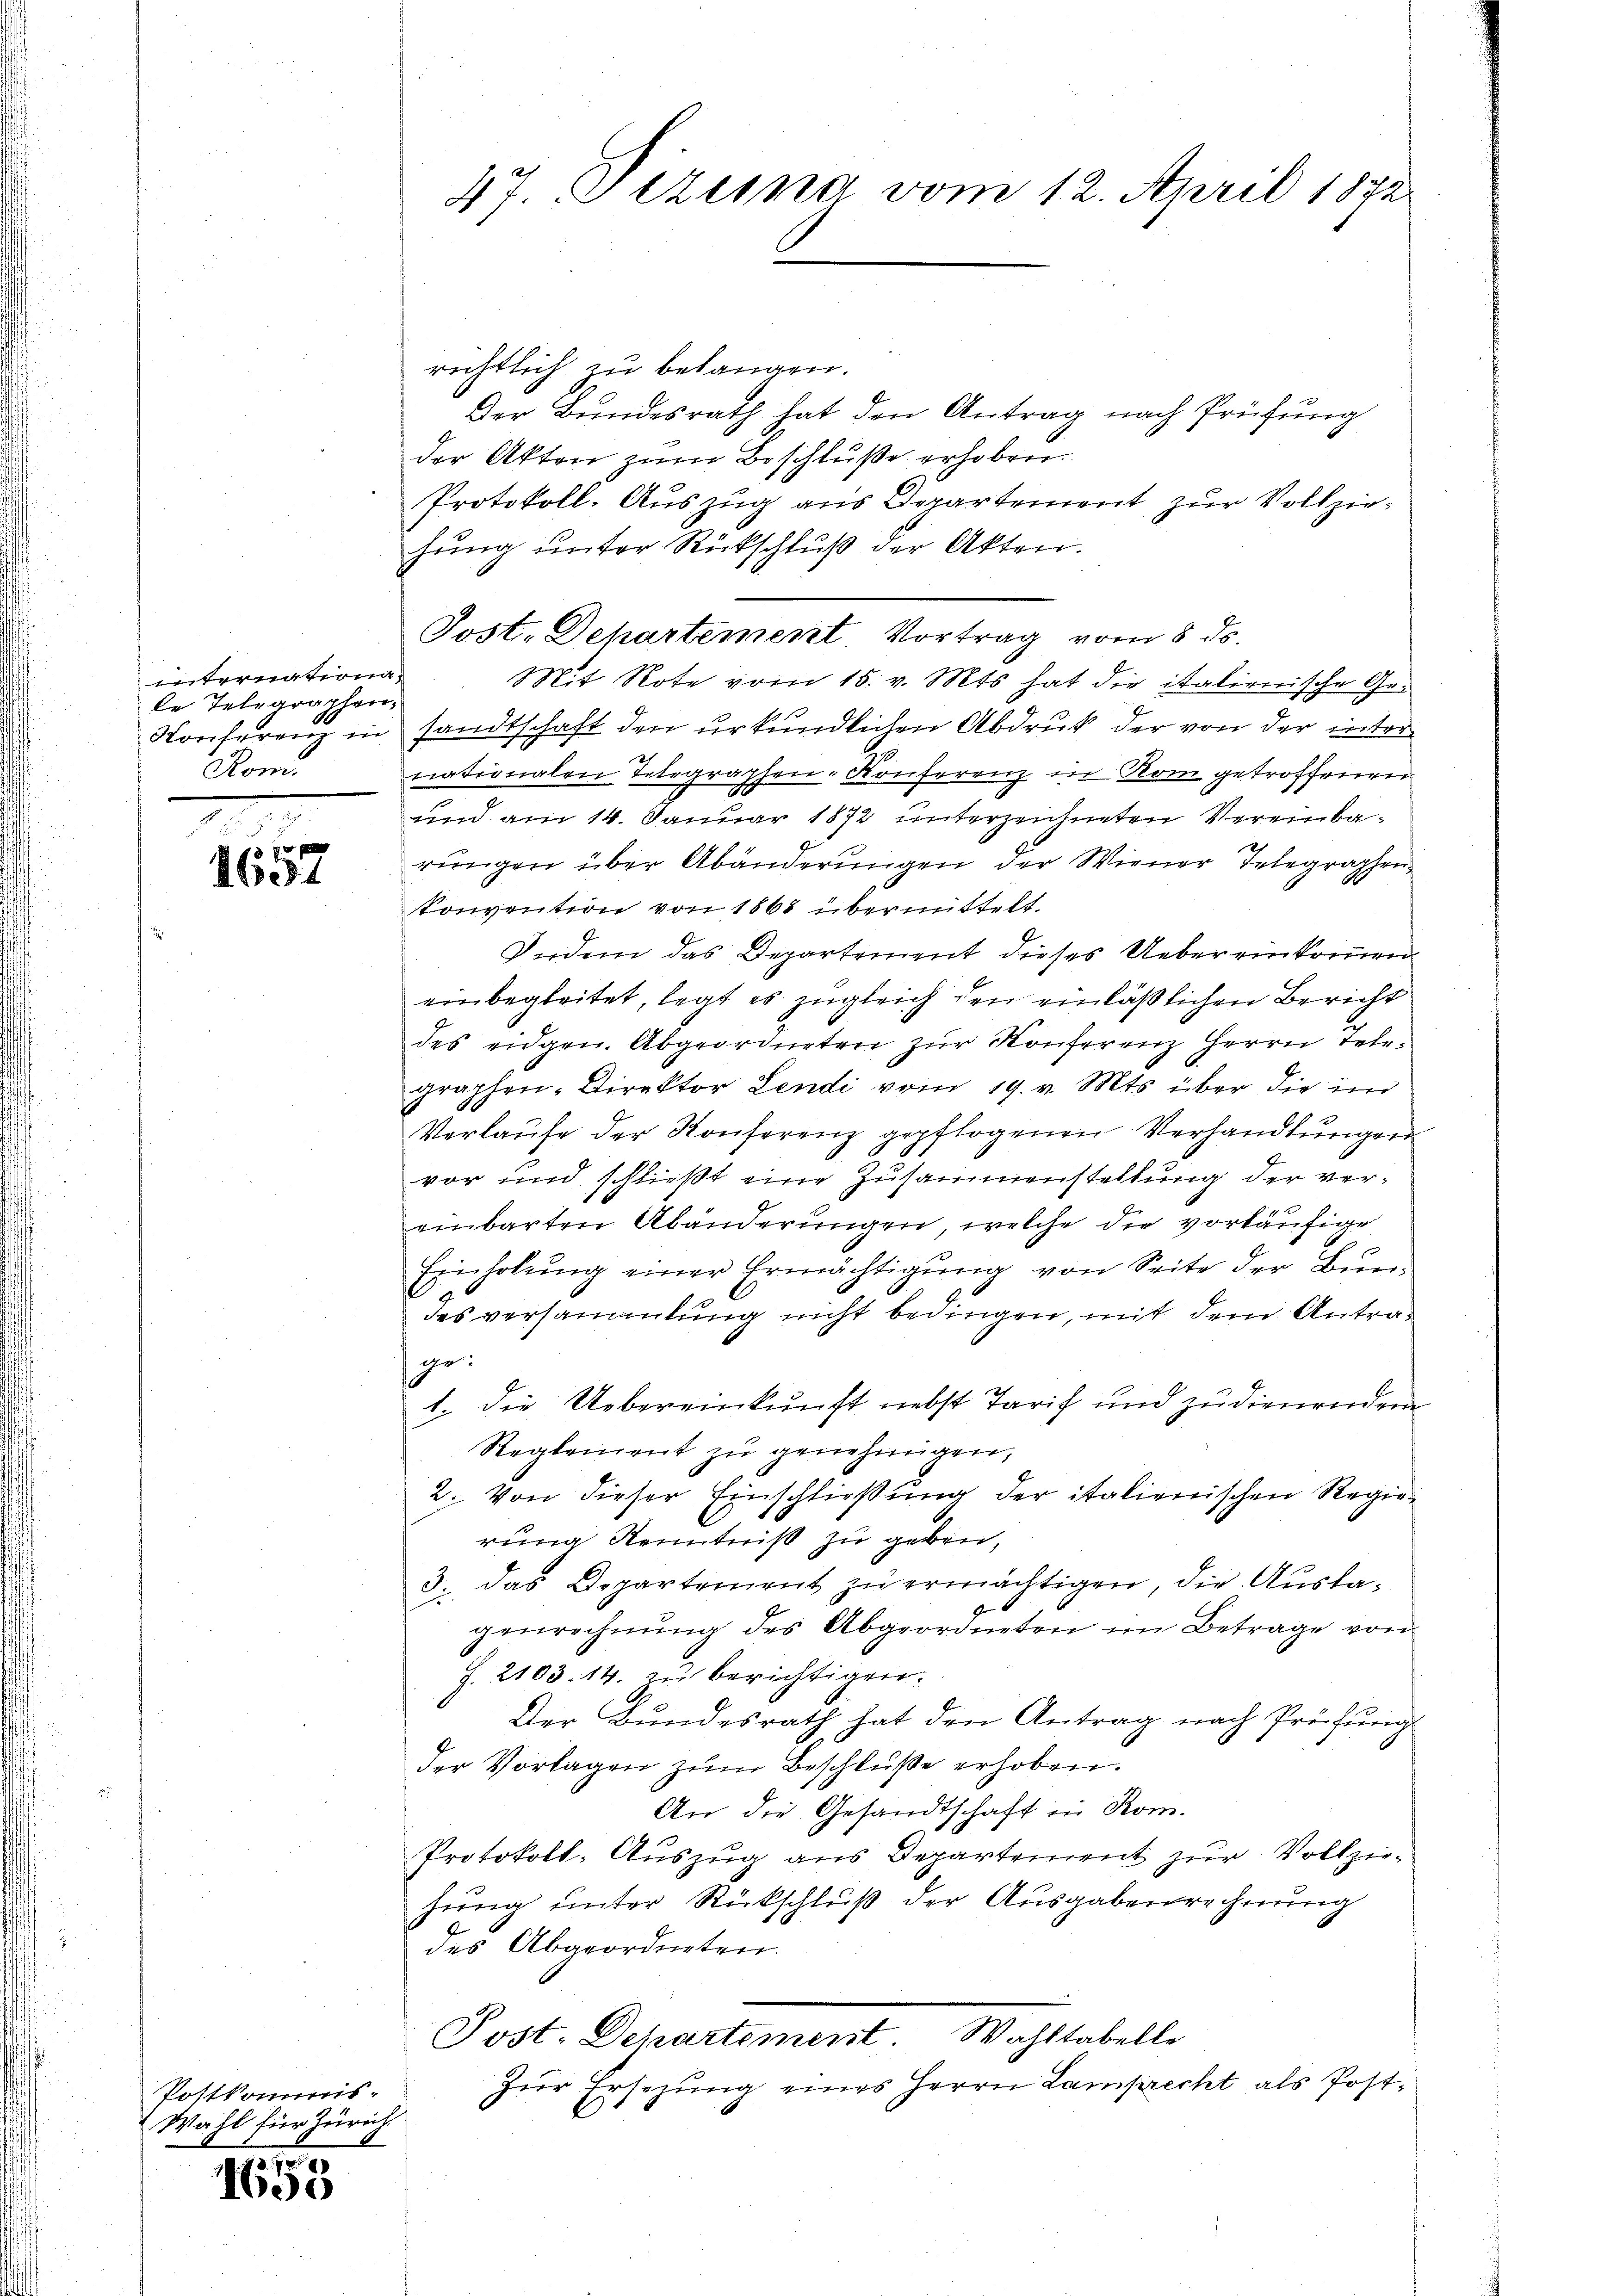
innternationa
de Telegraphen.
Komi

.
14
e

Postkommis-
Wahl für Zürich,

11
1655

richtlich zu belangen.
Der Bundesrath hat den Antrag nach Prüfung
der Akten zum Beschluße erhoben.
Protokoll. Auszug aus Departement zur Vollziehung unter Rückschluß der Akten.
Mit Note vom 15. v. Mts. hat die italienische Ge¬
Konferenz in sandtschaft den urkundlichen Abdruck der von der inter
2
nationalen Telegraphen. Konferenz in Rom getroffenen
und am 14. Januar 1872 unterzeichneten Vereinbarungen über Abänderungen der Wiener Telegraphenkonvention von 1865 übermittelt.
Vorden das Departement dieses Uebereinkommen
einbegleitet, legt es zugleich den einläßlichen Bericht
des eidgen. Abgeordneten zur Konferenz Herrn Telegraphen- Direktor Lendi vom 19. v. Mts. über die im
Verlaŭfe der Konferenz gepflogenen Verhandlungen
vor und schließt eine Zusammenstellung der vereinbarten Abänderungen, welche die vorläufige
Einholung einer Ermächtigung von Seite der Bundes versammlung nicht bedingen, mit dem Antrage:
1. die Uebereinkunft nebst Tarif und zudienenden
Reglement zu genehmigen,
2. Von dieser Einschließung der italienischen Regierung Kenntniß zu geben,
3. das Departement zŭ ermächtigen, die Ausla-
genrechnung des Abgeordneten im Betrage von
J. 2103. 14. zu berichtigen.
Der Bundesrath hat den Antrag nach Prüfŭng
der Vorlagen zum Beschluße erhoben.
An die Gesandtschaft in Rom.
Protokoll-Auszug aus Departement zur Vollziehung unter Rückschluß der Ausgabenrechnung
des Abgeordneten
Post. Departement. Wahltabelle
Zur Ersezung eines Herrn Lamprecht als Post¬

47. Pizina vom 12. April 1872

Post. Departement. Vortrag vom 8. ds.